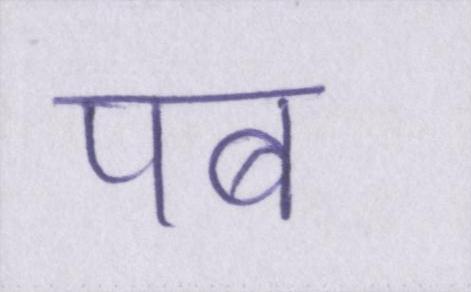
पब